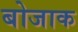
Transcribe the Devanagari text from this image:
बोजाक